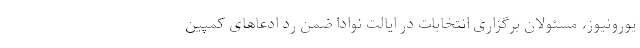
یورونیوز، مسئولان برگزاری انتخابات در ایالت نوادا ضمن رد ادعاهای کمپین